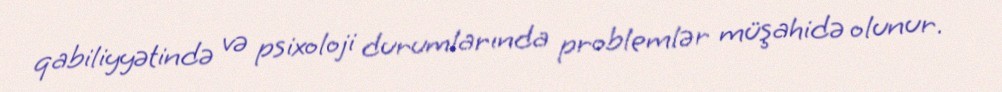
qabiliyyətində və psixoloji durumlarında problemlər müşahidə olunur.